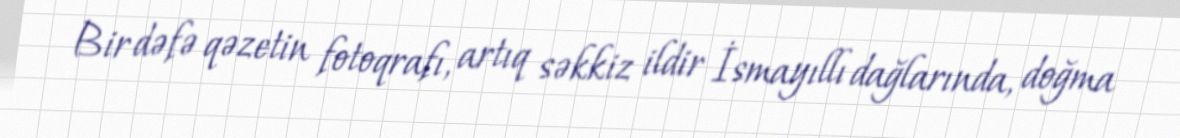
Bir dəfə qəzetin fotoqrafı, artıq səkkiz ildir İsmayıllı dağlarında, doğma